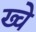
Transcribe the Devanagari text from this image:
ख्वे